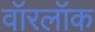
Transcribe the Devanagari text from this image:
वॉरलॉक